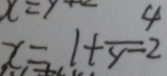
x = 1 + \frac { 4 } { y - 2 }